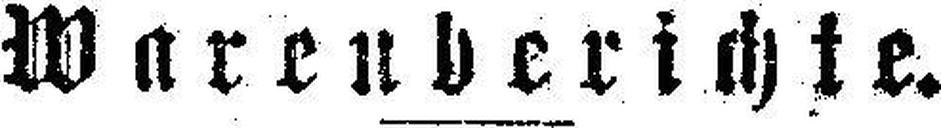
Warenberichte.